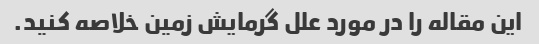
این مقاله را در مورد علل گرمایش زمین خلاصه کنید.